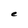
Character: e